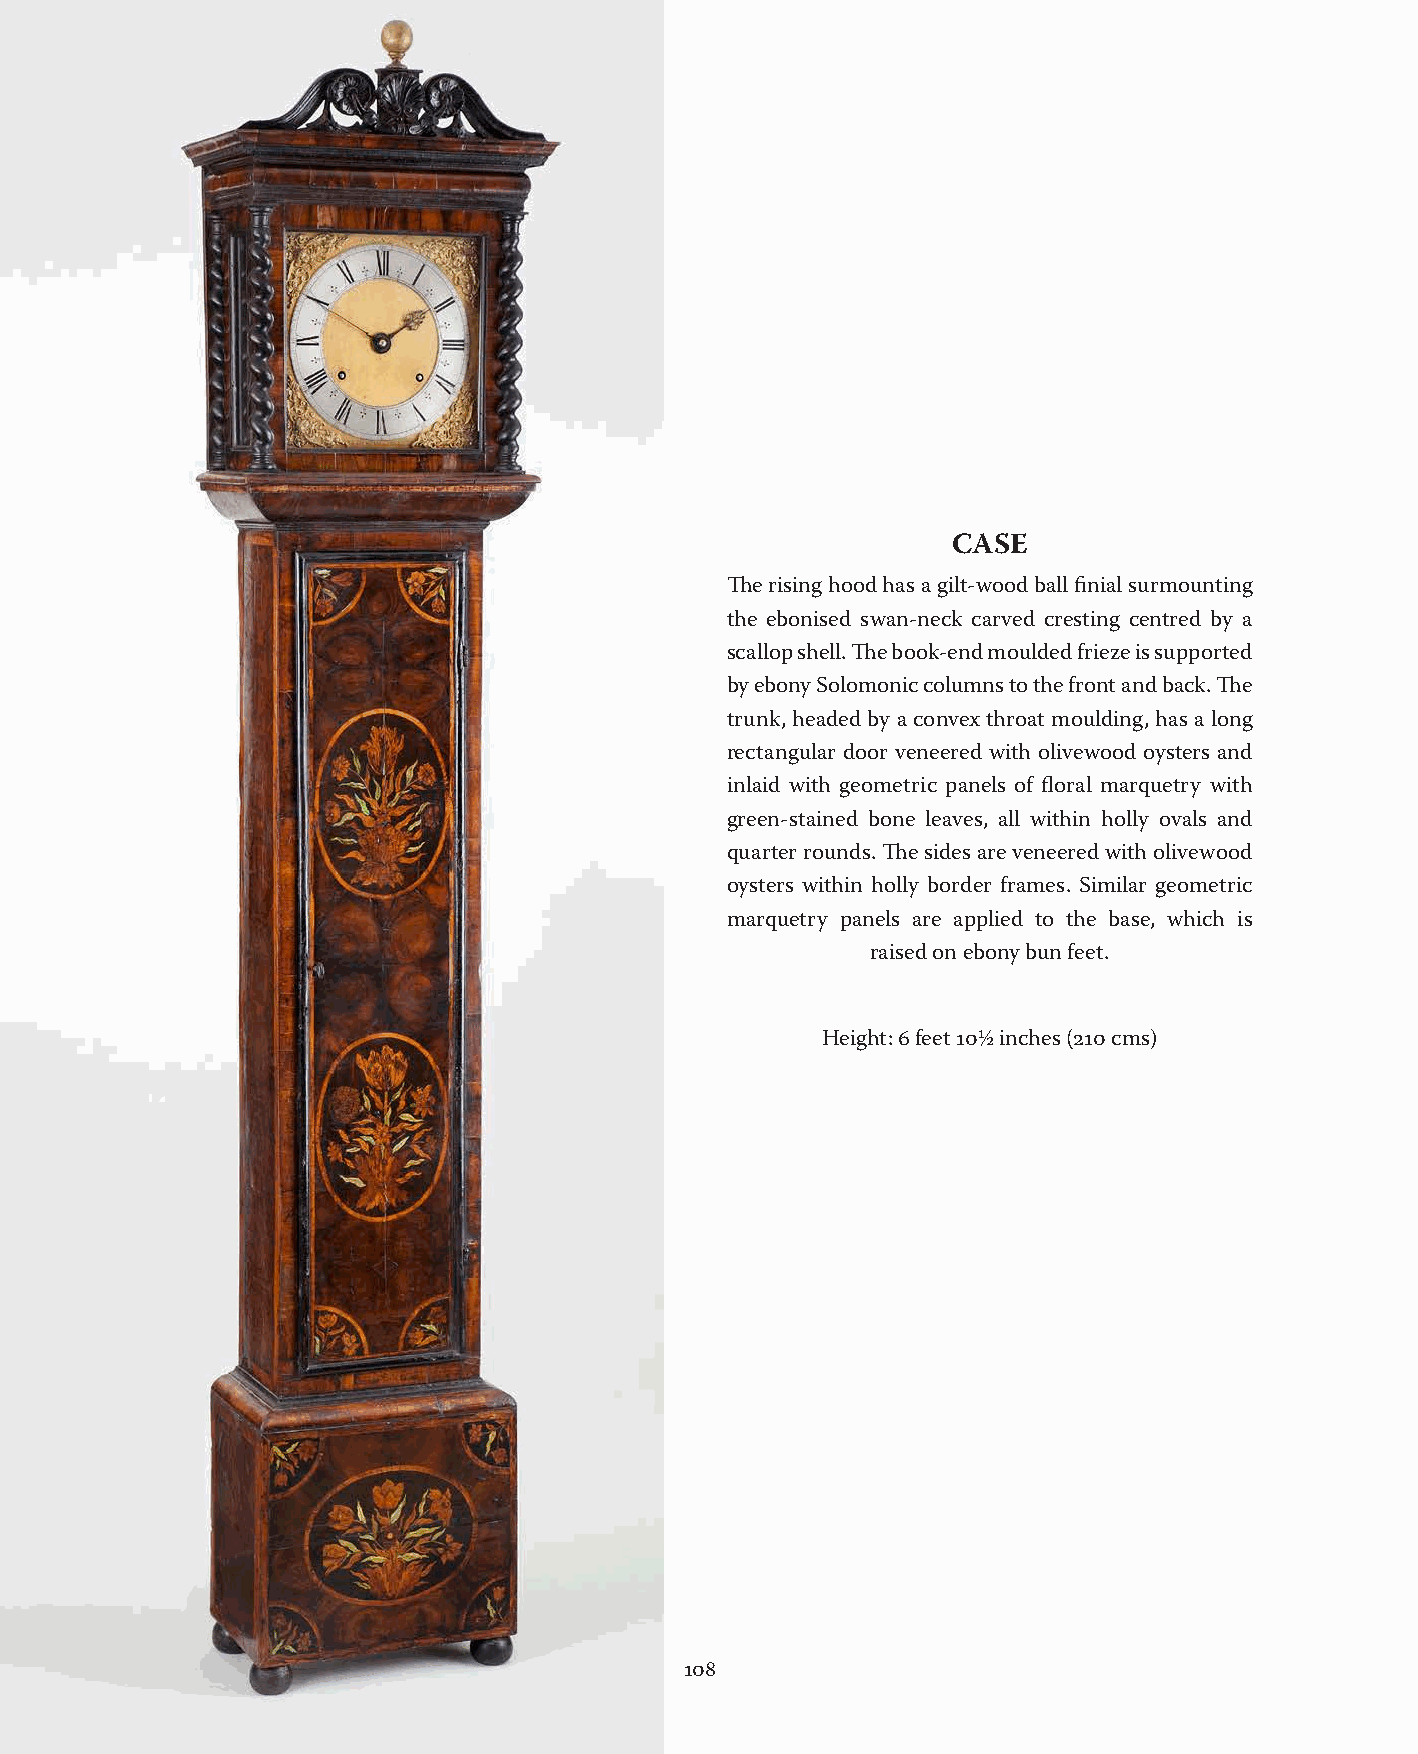
CASE
 The rising hood has a gilt-wood ball finial surmounting
 the ebonised swan-neck carved cresting centred by a
 scallop shell. The book-end moulded frieze is supported
 by ebony Solomonic columns to the front and back. The
 trunk, headed by a convex throat moulding, has a long
 rectangular door veneered with olivewood oysters and
 inlaid with geometric panels of floral marquetry with
 green-stained bone leaves, all within holly ovals and
 quarter rounds. The sides are veneered with olivewood
 oysters within holly border frames. Similar geometric
 marquetry panels are applied to the base, which is
 raised on ebony bun feet.
 Height: 6 feet 10½ inches (210 cms)
 108